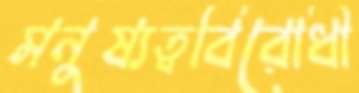
মনুষ্যত্ববিরোধী